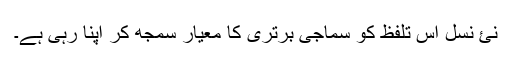
نئ نسل اس تلفظ کو سماجی برتری کا معیار سمجھ کر اپنا رہی ہے۔